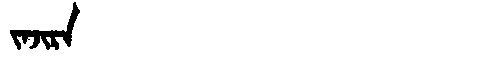
Manchu: ᠵᠠᠵᡳᡵᠠ
Romanization: JAJIRA